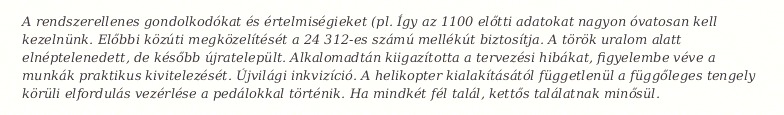
A rendszerellenes gondolkodókat és értelmiségieket (pl. Így az 1100 előtti adatokat nagyon óvatosan kell kezelnünk. Előbbi közúti megközelítését a 24 312-es számú mellékút biztosítja. A török uralom alatt elnéptelenedett, de később újratelepült. Alkalomadtán kiigazította a tervezési hibákat, figyelembe véve a munkák praktikus kivitelezését. Újvilági inkvizíció. A helikopter kialakításától függetlenül a függőleges tengely körüli elfordulás vezérlése a pedálokkal történik. Ha mindkét fél talál, kettős találatnak minősül.